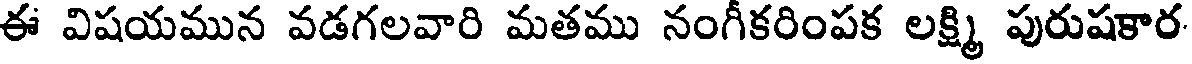
ఈ విషయమున వడగలవారి మతము నంగీకరింపక లక్ష్మి పురుషకార